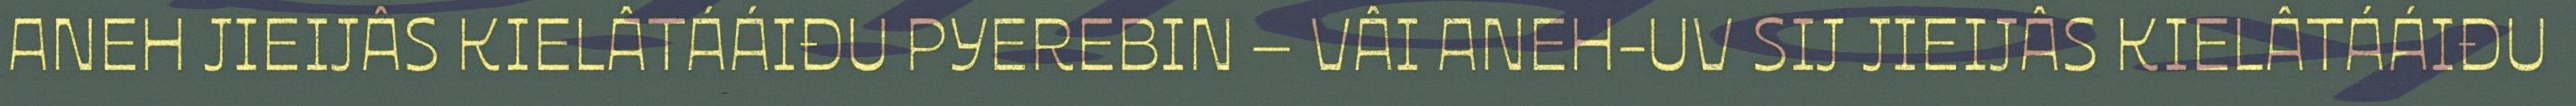
ANEH JIEIJÂS KIELÂTÁÁIĐU PYEREBIN – VÂI ANEH-UV SIJ JIEIJÂS KIELÂTÁÁIĐU